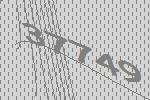
37749